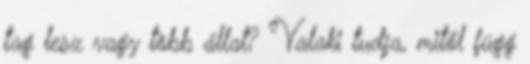
tag lesz vagy több állat? Valaki tudja, mitől függ